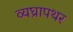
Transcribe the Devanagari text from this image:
व्यघ्रापथर